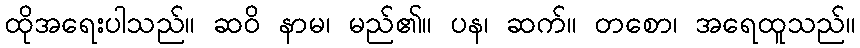
ထိုအရေးပါသည်။ ဆဝိ နာမ၊ မည်၏။ ပန၊ ဆက်။ တစော၊ အရေထူသည်။